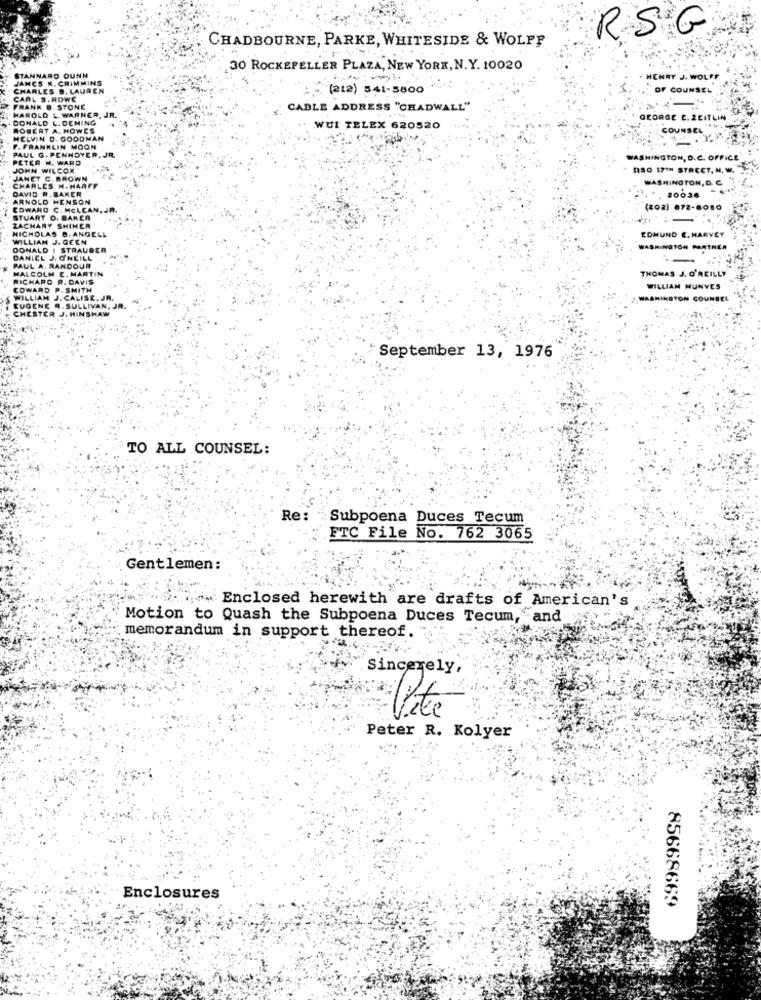
RSG
CHADBOURNE, PARKE, WHITESIDE & WOLFF
STANNARD OUNN
30 ROCKEFELLER PLAZA, NEW YORK, N.Y. 10020
JAMES K. CRIMMINS
HENRY J. WOLFF
CHARLES B. LAUREN
(212) 541-3800
OF COUNSEL
CARL S.ROWE
HAROLD & WARNER, JR.
FRANK @. STONE
CADLE ADDRESS "CHADWALL"
. DONALD L. DENING
GEORGE E. ZEITLIN
ROBERT A. HOWES
WUI TELEX 620520
COUNSEL
MELVIN D. GOODMAN
F. FRANKLIN MOON
PAUL G. PENNOYER, JR.
PETER M. WARD
ASHINGTON, D. C.
JOHN WILCOX
ISO 17TH STREET
JANET C. BROWN
WASHINGTON,
CHARLES H. HAAFF
DAVID R. BAKER
ARNOLD HENSON
*. 20036
COWARD C. MCLEAN, JR.
(202) 872-8080
STUART D. BAKER
NICHOLAS B. ANGELL
ZACHARY SHINER
EDMUND E. HARVEY
WILLIAM J.GEEN
DONA
DONALD I STRAUBER
WASHINGTON PARTNER
.ONE
THOMAS J. O'REILLY
WILLIAM HUNVES
WASHINGTON COUNSEL
September 13, 1976
TO ALL COUNSEL:
Re:
Subpoena Duces Tecum
FTC File No. 762 3065
Gentlemen:
Enclosed herewith are drafts of American's
Motion to Quash the Subpoena Duces Tecum, and
memorandum in support thereof.
Sincerely
Vite
Peter R. Kolyer
Enclosures
85668669